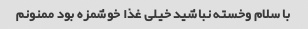
با سلام وخسته نباشید خیلی غذا خوشمزه بود ممنونم